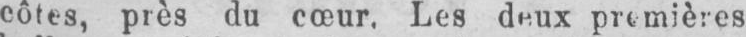
côtes, près du cœur, Les deux premières